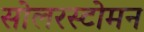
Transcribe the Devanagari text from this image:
सोलरस्टोमन